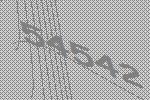
54542